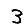
Digit: 3